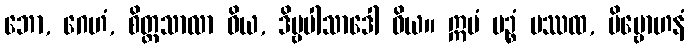
ဘော, ဂေဟံ, စိတ္တသာလာ ဝိယ, ဒိဗ္ဗပါသာဒေါ ဝိယ။ ဣမံ မဉ္စံ ပဿထ, ဗိမ္ဗောဟနံ